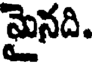
మైనది.